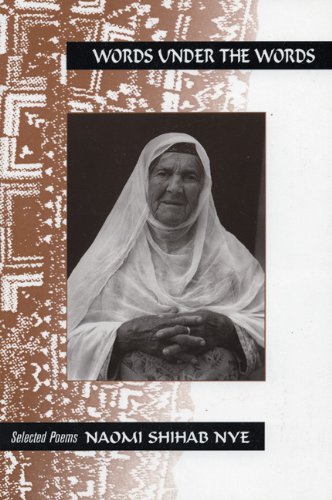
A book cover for Words Under the Words: Selected Poems (A Far Corner Book); Naomi Shihab Nye; Literature & Fiction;